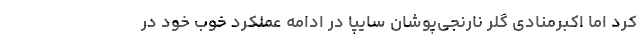
کرد اما اکبرمنادی گلر نارنجی‌پوشان سایپا در ادامه عملکرد خوب خود در